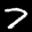
Label: 7